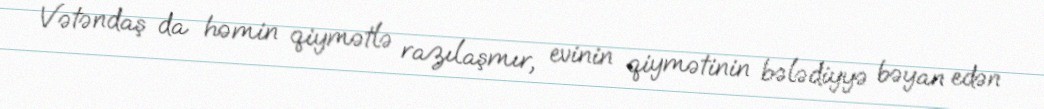
Vətəndaş da həmin qiymətlə razılaşmır, evinin qiymətinin bələdiyyə bəyan edən